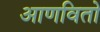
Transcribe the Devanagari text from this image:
आणवितो